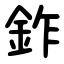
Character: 鈼